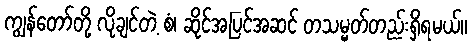
ကျွန်တော်တို့ လိုချင်တဲ့ စံ၊ ဆိုင်အပြင်အဆင် တသမ္မတ်တည်းရှိရမယ်။